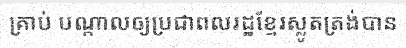
គ្រាប់ បណ្តាលឲ្យប្រជាពលរដ្ឋខ្មែរស្លូតត្រង់បាន